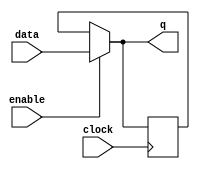
module level_sensitive_latch (
    input enable,
    input data,
    input clock,
    output reg q
);

reg stored_data;

always @(posedge clock) begin
    if(enable) begin
        stored_data <= data;
    end
end

assign q = enable ? data : stored_data;

endmodule